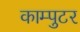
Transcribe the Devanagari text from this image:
काम्पुटर